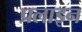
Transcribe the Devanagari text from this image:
प्रलाइन